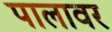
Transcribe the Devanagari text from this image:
पालावर